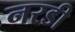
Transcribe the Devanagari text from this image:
नरडी